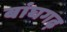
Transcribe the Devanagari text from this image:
बांघगढ़